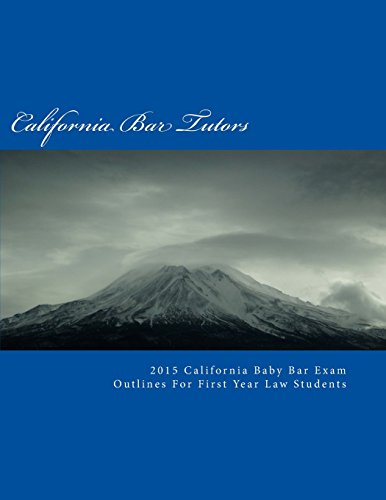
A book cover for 2015 California Baby Bar Exam Outlines For First Year Law Students; California Bar Tutors; Test Preparation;